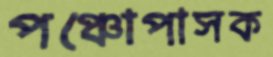
পঞ্চোপাসক